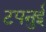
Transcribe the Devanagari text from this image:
टपनुई